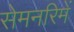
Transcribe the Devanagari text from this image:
सेमनरिमें